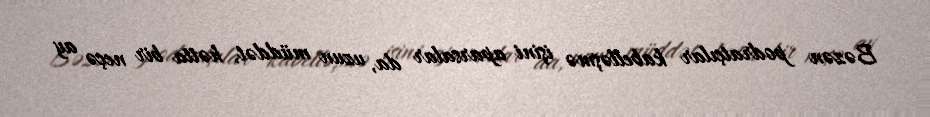
Bəzən podratçılar kabelləşmə işini aparsalar da, uzun müddət, hətta bir neçə ay